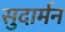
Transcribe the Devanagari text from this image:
सुदार्मन